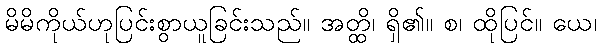
မိမိကိုယ်ဟုပြင်းစွာယူခြင်းသည်။ အတ္ထိ၊ ရှိ၏။ စ၊ ထိုပြင်။ ယေ၊